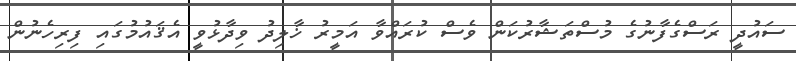
ސައުދީ ރަސްގެފާނުގެ މުސްތަޝާރުކަން ވެސް ކުރައްވާ އަމީރު ޚާލިދު ވިދާޅުވީ އެޤައުމުގައި ފިރިހެނުން